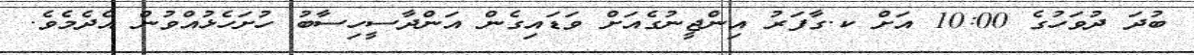
ބުދަ ދުވަހުގެ 10:00 އަށް ކ.ގާފަރު އިންޖީނުގެއަށް ވަޑައިގެން އަންދާސީހިސާބު ހުށަހެޅުއްވުން އެދެމެވެ.